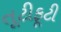
તૂટીફૂટી